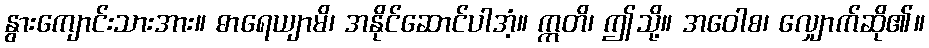
နွားကျောင်းသားအား။ ဓာရေယျာမိ၊ အနိုင်ဆောင်ပါအံ့။ ဣတိ၊ ဤသို့။ အဝေါစ၊ လျှောက်ဆို၏။